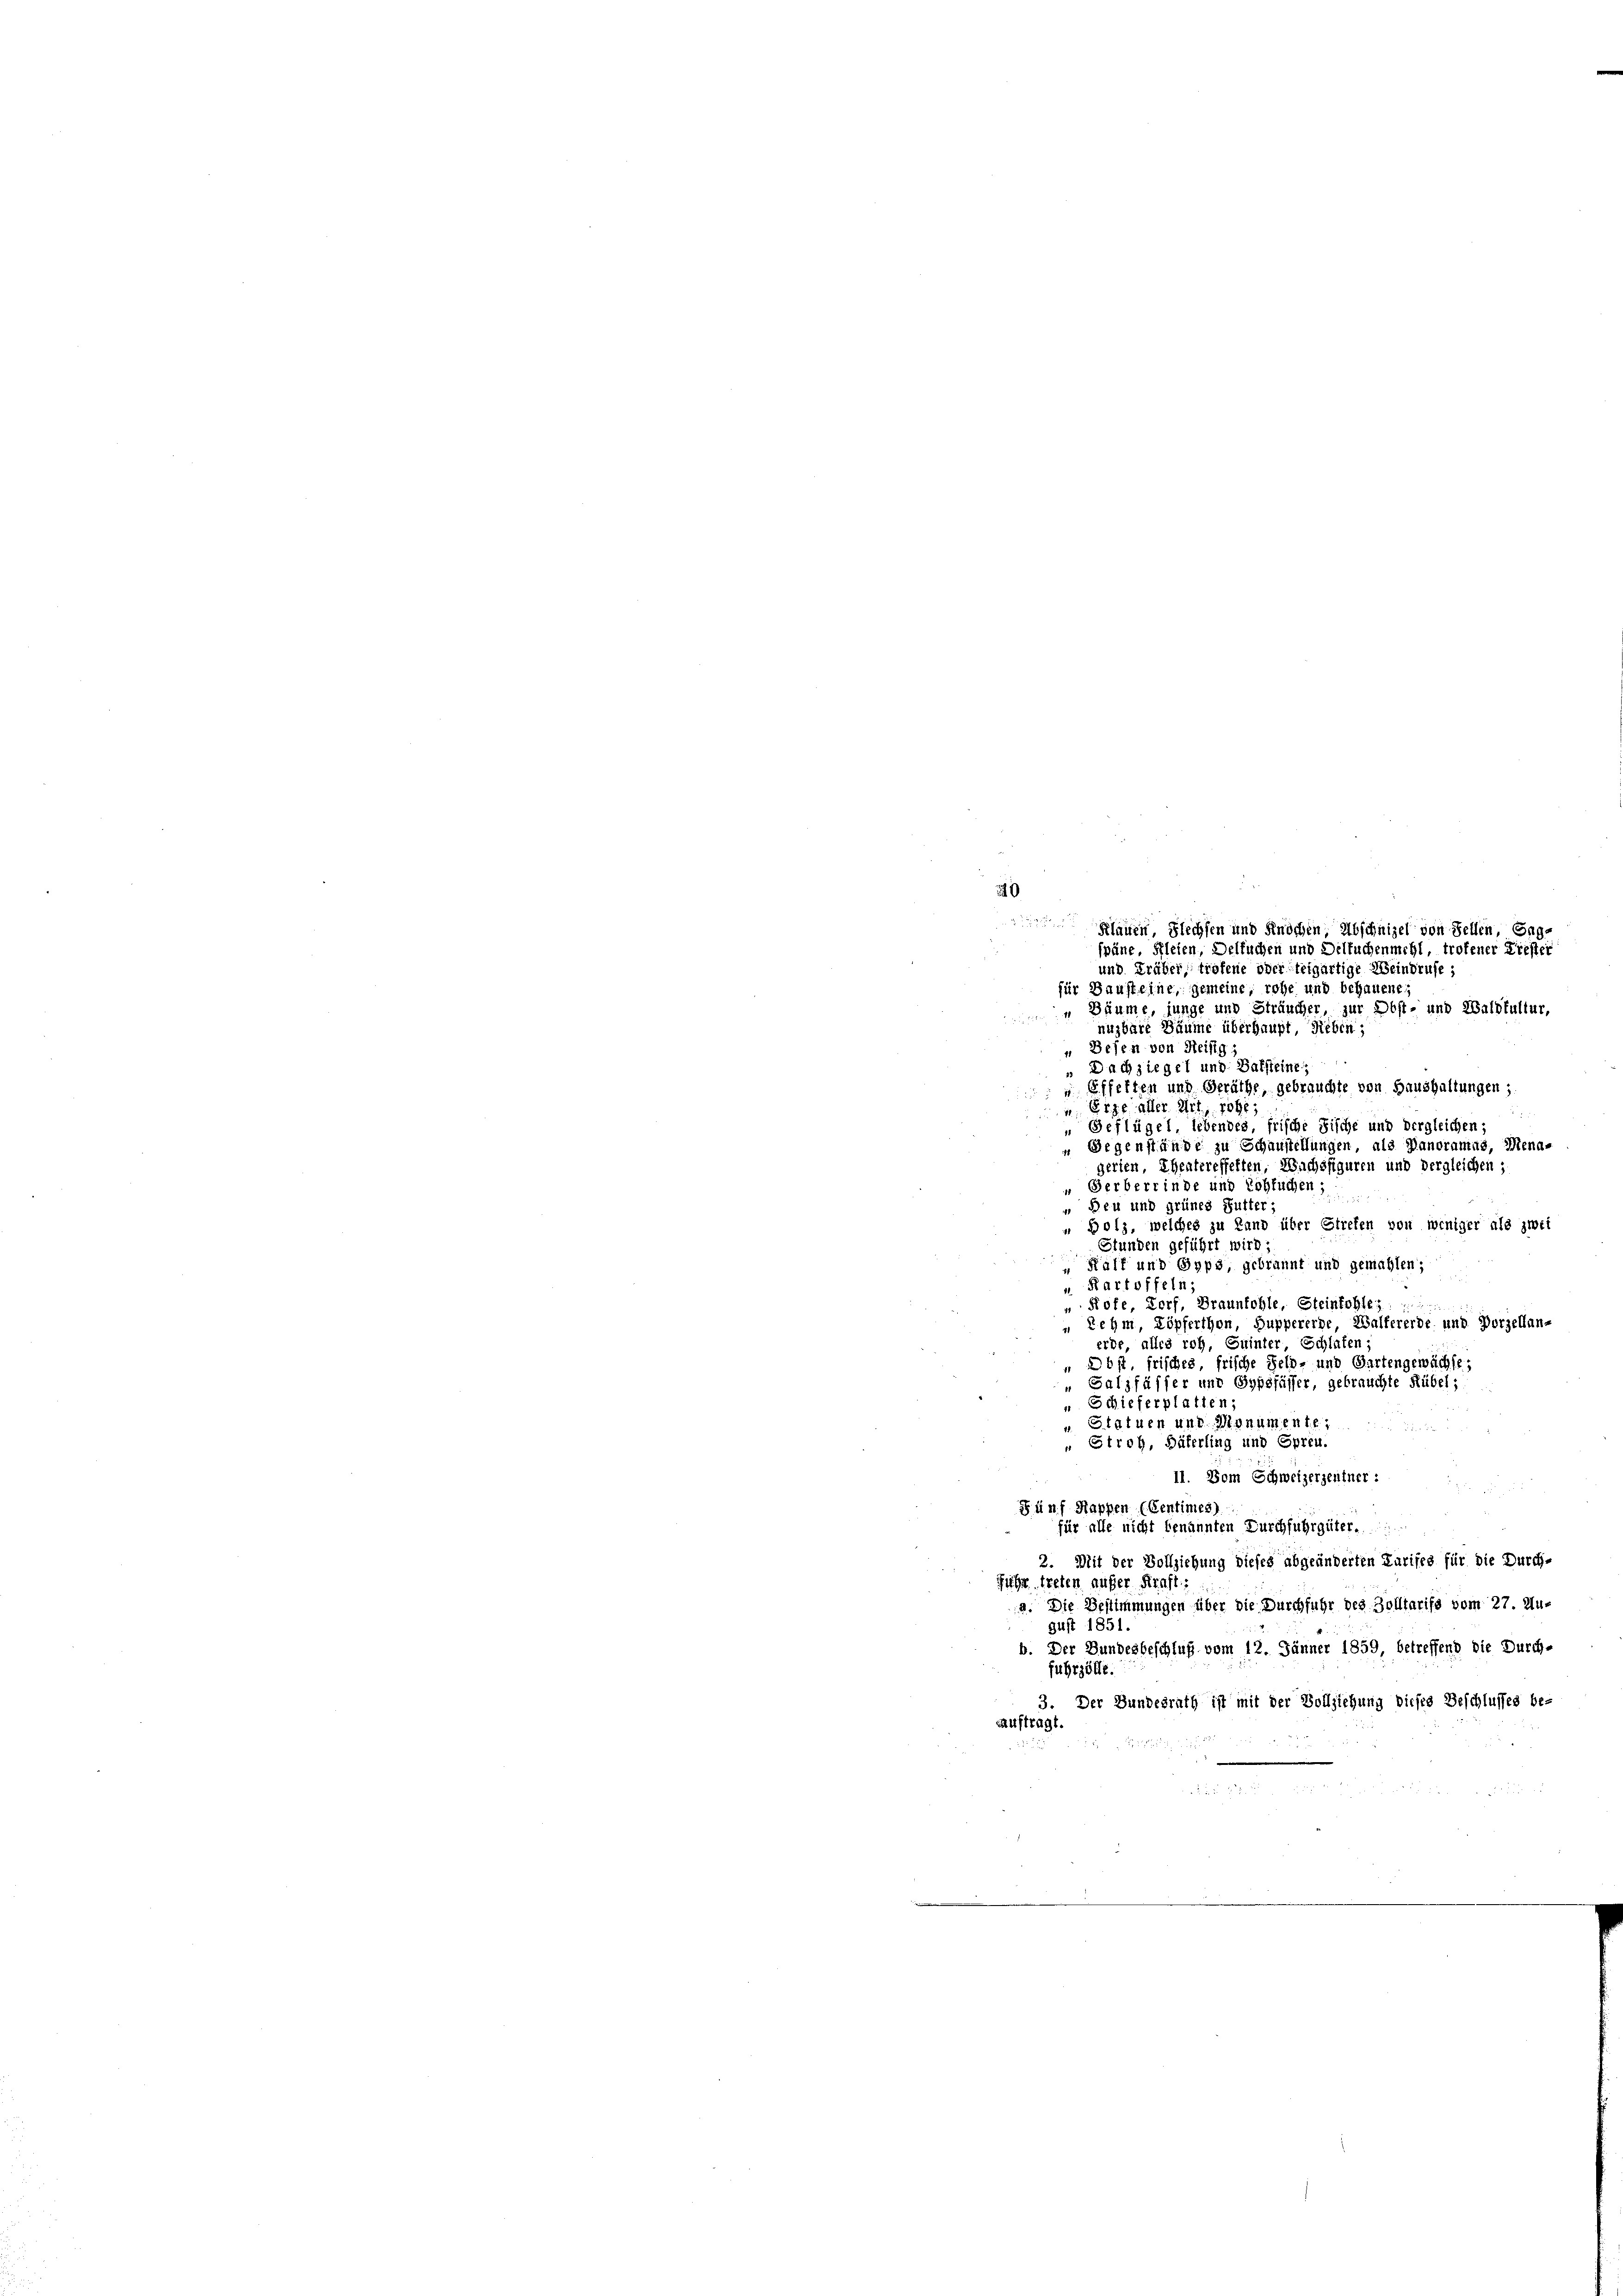
240

Schauen, Flechsen und Knochen, Abschnizel von Fellen, Engspäne, Fleien, Delbuchen und Deltuchenmehl, troffener Liester
und Früber, trafene oder teigartige Meindrufe;
für Baust eine, gemeine, rohe und behauene,
„ Bäume, junge und Sträucher zur Obst- und Waldtultur,
nuzbare Bäume überhaupt, Sieben:
Besen von Heisig;
Dachziegel und Batsteine;
 Effelten und Geräthe, gebrauchte von Haushaltungen;
 Erze aller Art, rohe,
Geflügel, lebendes, frische Fische und dergleichen:
 Gegenstände zu Schaustellungen, als Panoramas, Mena-
gerien, Ehentereffetten, Wuchsfiguren und dergleichen ;
" Gerberrinde und Lohsuchen;
.
" Den und grünes Futter;
 Bolz, welches zu Land über Strefen von weniger als zwei
Stunden geführt wird;
Haff und Gyps, gebrannt und gemahlen;
3
u. Kartoffeln;
Rote, Dorf, Braunkohle, Steinkohle z
„ Lehm, Köpferthon, Suppererge, Walfererde und Porzellan-
erde, alles roh, Suinter Schlafen,
 Obst, frisches frische Feld- und Gartengewächte;
"Galzfässer und Sypsfässer, gebrauchte Rübel;
u Schieferplatten;
u Statuen und Monumente,
„ Stroh, Däterling und Spreu.
II. Dem Schweizergeutner:
Fünf Kappen (Centimes)
für alle nicht benannten Durchfuhrgüter.
2. Mit der Vollziehung dieses abgeänderten Kurifes für die Durch-
ihe treten außer Kraft:
9. Die Bestimmungen über die Durchfuhr des Zolltarife vom 27. Au-
gust 1851.
o. Der Bundesbeschluß vom 12. Jänner 1859 betreffend die Durch-
fuhrzölle.
3. Der Bundesrath ist mit der Vollziehung dieses Beschlusses be-
auftragt.